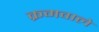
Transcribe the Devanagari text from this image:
क्रमवाले